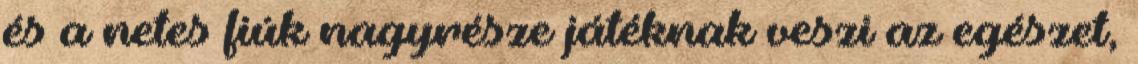
és a netes fiúk nagyrésze játéknak veszi az egészet,